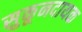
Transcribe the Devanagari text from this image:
सुकूनदायक